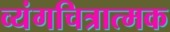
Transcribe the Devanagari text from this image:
व्यंगचित्रात्मक